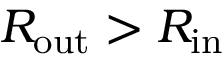
R _ { \mathrm { { o u t } } } > R _ { \mathrm { { i n } } }